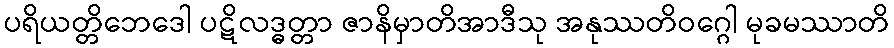
ပရိယတ္တိဘေဒေါ ပဋိလဒ္ဓတ္တာ ဇာနိမှာတိအာဒီသု အနုဿတိဝဂ္ဂေါ မုခမဿာတိ